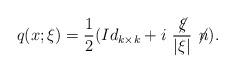
LaTeX: \begin{align*}q(x;\xi )=\frac 12(Id_{k\times k}+i\ \frac{\not \! \xi }{\vert \xi \vert } \not\! n).\end{align*}